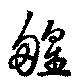
艎